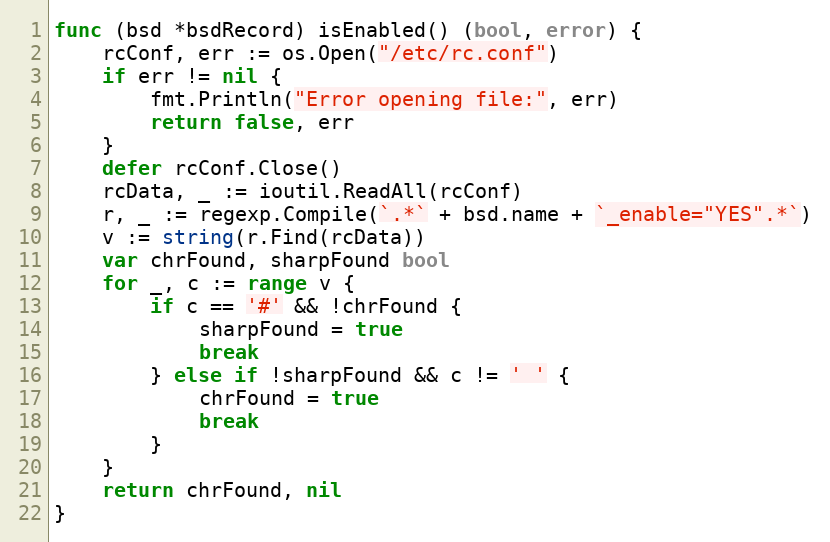
Language: Go
func (bsd *bsdRecord) isEnabled() (bool, error) {
	rcConf, err := os.Open("/etc/rc.conf")
	if err != nil {
		fmt.Println("Error opening file:", err)
		return false, err
	}
	defer rcConf.Close()
	rcData, _ := ioutil.ReadAll(rcConf)
	r, _ := regexp.Compile(`.*` + bsd.name + `_enable="YES".*`)
	v := string(r.Find(rcData))
	var chrFound, sharpFound bool
	for _, c := range v {
		if c == '#' && !chrFound {
			sharpFound = true
			break
		} else if !sharpFound && c != ' ' {
			chrFound = true
			break
		}
	}
	return chrFound, nil
}